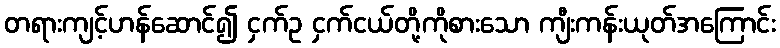
တရားကျင့်ဟန်ဆောင်၍ ငှက်ဥ ငှက်ငယ်တို့ကိုစားသော ကျီးကန်းယုတ်အကြောင်း